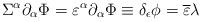
LaTeX: \begin{align*}\Sigma ^{\alpha} \partial_{\alpha} \Phi= \varepsilon^{\alpha}\partial_{\alpha}{\Phi} \equiv \delta_{\epsilon}\phi={\overline \varepsilon} \lambda\end{align*}